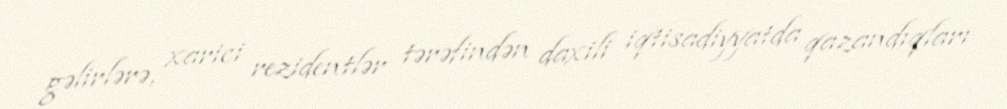
gəlirlərə, xarici rezidentlər tərəfindən daxili iqtisadiyyatda qazandıqları